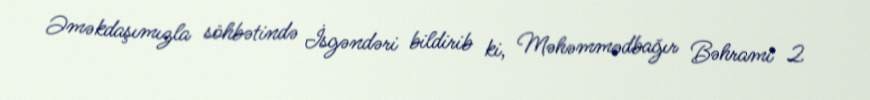
Əməkdaşımızla söhbətində İsgəndəri bildirib ki, Məhəmmədbağır Bəhrami 2